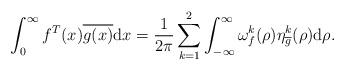
LaTeX: \begin{align*}\int_0^\infty f^T(x)\overline{g(x)}{\rm d}x=\frac{1}{2\pi}\sum_{k=1}^{2}\int_{-\infty}^{\infty}\omega_f^{k}(\rho)\eta_{\overline{g}}^k(\rho){\rm d}\rho.\end{align*}